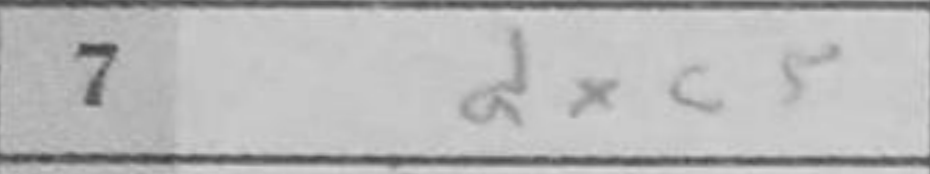
Transcription: dxc5